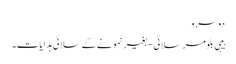
دوسرو
بیبی بلومر سلائی - بغیر نمونے کے سلائی ہدایات۔